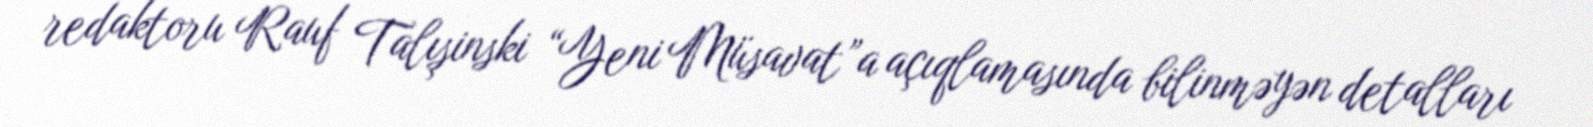
redaktoru Rauf Talışinski “Yeni Müsavat”a açıqlamasında bilinməyən detalları